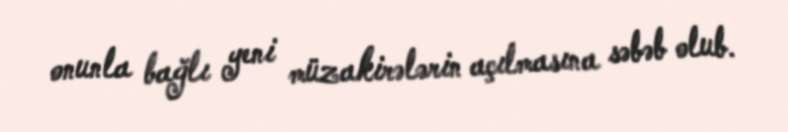
onunla bağlı yeni müzakirələrin açılmasına səbəb olub.